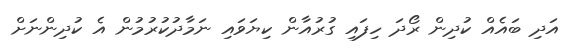
އަދި ބައެއް ކުދިން ރޯދަ ހިފައި ގުރުއާން ކިޔަވައި ނަމާދުކުރުމުން އެ ކުދިންނަށް